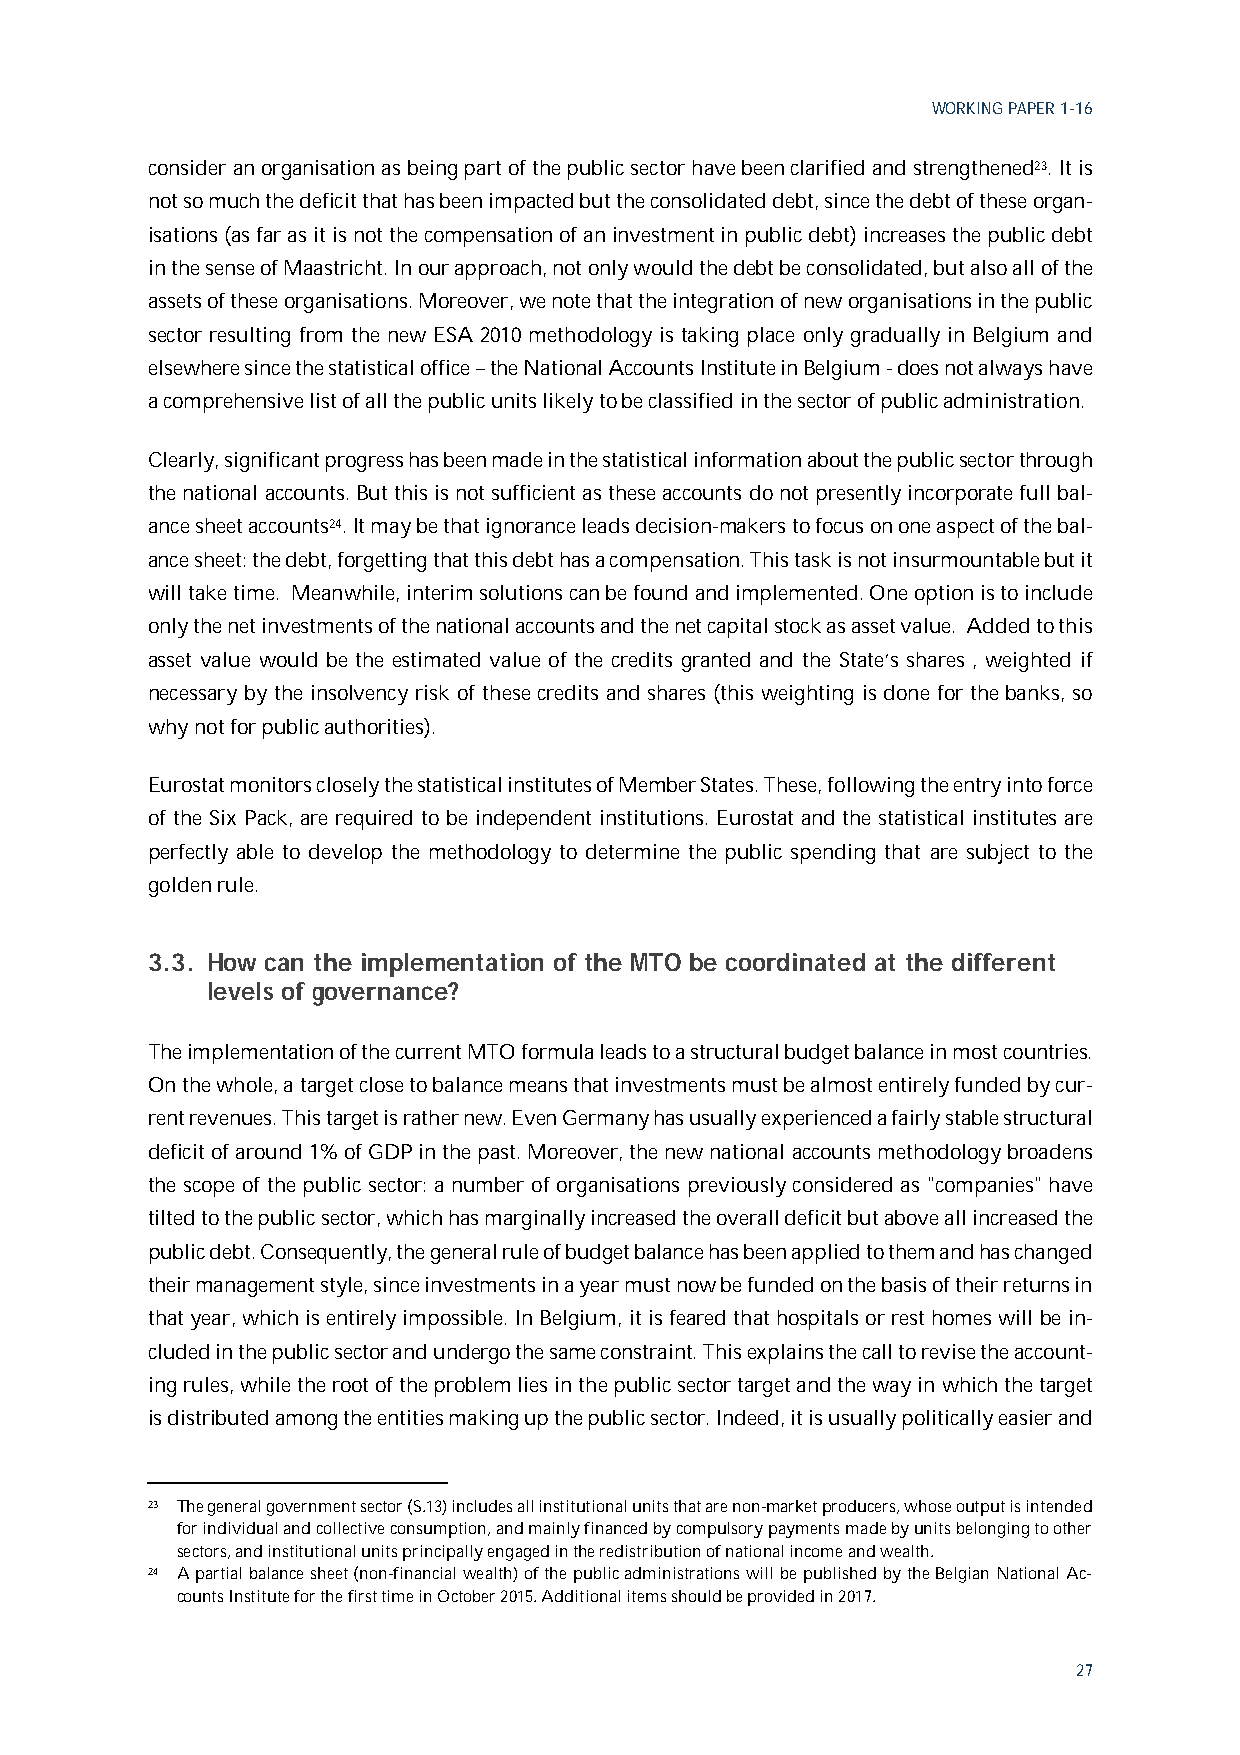
WORKING PAPER 1-16
 consider an organisation as being part of the public sector have been clarified and strengthened23. It is
 not so much the deficit that has been impacted but the consolidated debt, since the debt of these organ-
 isations (as far as it is not the compensation of an investment in public debt) increases the public debt
 in the sense of Maastricht. In our approach, not only would the debt be consolidated, but also all of the
 assets of these organisations. Moreover, we note that the integration of new organisations in the public
 sector resulting from the new ESA 2010 methodology is taking place only gradually in Belgium and
 elsewhere since the statistical office – the National Accounts Institute in Belgium - does not always have
 a comprehensive list of all the public units likely to be classified in the sector of public administration.
 Clearly, significant progress has been made in the statistical information about the public sector through
 the national accounts. But this is not sufficient as these accounts do not presently incorporate full bal-
 ance sheet accounts24. It may be that ignorance leads decision-makers to focus on one aspect of the bal-
 ance sheet: the debt, forgetting that this debt has a compensation. This task is not insurmountable but it
 will take time. Meanwhile, interim solutions can be found and implemented. One option is to include
 only the net investments of the national accounts and the net capital stock as asset value. Added to this
 asset value would be the estimated value of the credits granted and the State’s shares , weighted if
 necessary by the insolvency risk of these credits and shares (this weighting is done for the banks, so
 why not for public authorities).
 Eurostat monitors closely the statistical institutes of Member States. These, following the entry into force
 of the Six Pack, are required to be independent institutions. Eurostat and the statistical institutes are
 perfectly able to develop the methodology to determine the public spending that are subject to the
 golden rule.
 3.3. How can the implementation of the MTO be coordinated at the different
 levels of governance?
 The implementation of the current MTO formula leads to a structural budget balance in most countries.
 On the whole, a target close to balance means that investments must be almost entirely funded by cur-
 rent revenues. This target is rather new. Even Germany has usually experienced a fairly stable structural
 deficit of around 1% of GDP in the past. Moreover, the new national accounts methodology broadens
 the scope of the public sector: a number of organisations previously considered as "companies" have
 tilted to the public sector, which has marginally increased the overall deficit but above all increased the
 public debt. Consequently, the general rule of budget balance has been applied to them and has changed
 their management style, since investments in a year must now be funded on the basis of their returns in
 that year, which is entirely impossible. In Belgium, it is feared that hospitals or rest homes will be in-
 cluded in the public sector and undergo the same constraint. This explains the call to revise the account-
 ing rules, while the root of the problem lies in the public sector target and the way in which the target
 is distributed among the entities making up the public sector. Indeed, it is usually politically easier and
 23 The general government sector (S.13) includes all institutional units that are non-market producers, whose output is intended
 for individual and collective consumption, and mainly financed by compulsory payments made by units belonging to other
 sectors, and institutional units principally engaged in the redistribution of national income and wealth.
 24 A partial balance sheet (non-financial wealth) of the public administrations will be published by the Belgian National Ac-
 counts Institute for the first time in October 2015. Additional items should be provided in 2017.
 27